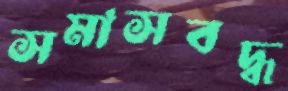
সমাসবদ্ধ